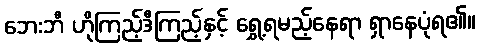
ဘေးဘီ ဟိုကြည့်ဒီကြည့်နှင့် ရွှေ့ရမည့်နေရာ ရှာနေပုံရ၏။